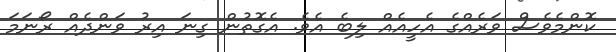
ކޮންމެވެސް ވަރެއްގެ އެހީއެއް ލިބެ އެވެ. އެގޮތުން ގިނަ އިރު ވަންދެއް ރޯނަމަ